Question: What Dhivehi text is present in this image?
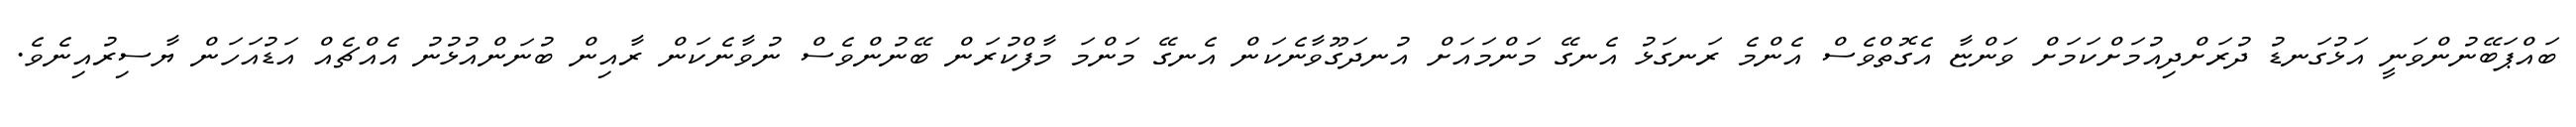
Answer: ބައްޕަބޭނުންވަނީ އަޅުގަނޑު ދުރަށްދިއުމަށްކަމަށް ވަންޏާ އެގޮތްވެސް އެންމެ ރަނގަޅު އެނގޭ މަންމައަށް އުނދަގޫވާނެކަން އެނގޭ މަންމަ މާފްކުރަން ބޭނުންވެސް ނުވާނެކަން ރާއިން ބުނަންއުޅުނު އެއްޗެއް އަޑުއަހަން ޔާސިރުއިނެވެ.